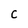
Character: C